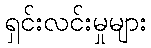
ရှင်းလင်းမှုများ